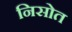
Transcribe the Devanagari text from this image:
निसोत